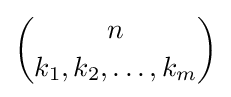
{n \choose k_{1},k_{2},\ldots ,k_{m}}